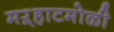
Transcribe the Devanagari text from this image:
मऱ्हाटमोळी